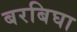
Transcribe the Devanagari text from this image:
बरबिघा